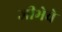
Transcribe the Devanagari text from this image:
जीभेचे